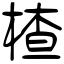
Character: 楂